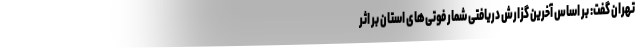
تهران گفت: بر اساس آخرین گزارش دریافتی شمار فوتی‌های استان بر اثر